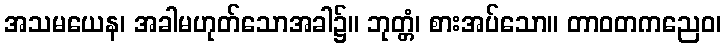
အသမယေန၊ အခါမဟုတ်သောအခါ၌။ ဘုတ္တံ၊ စားအပ်သော။ တာဝတကညေဝ၊